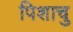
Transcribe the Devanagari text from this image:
पिशाचु